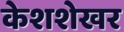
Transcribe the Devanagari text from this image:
केशशेखर